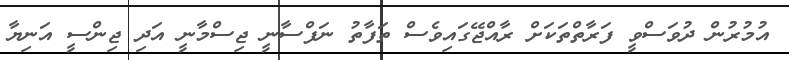
އުމުރުން ދުވަސްވީ ފަރާތްތަކަށް ރާއްޖޭގައިވެސް ތަފާތު ނަފްސާނީ ޖިސްމާނީ އަދި ޖިންސީ އަނިޔާ